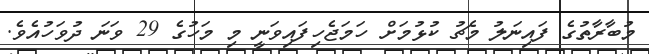
މުބާރާތުގެ ފައިނަލު މެޗު ކުޅުމަށް ހަމަޖެހިފައިވަނީ މި މަހުގެ 29 ވަނަ ދުވަހުއެވެ.